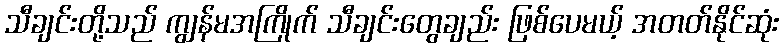
သီချင်းတို့သည် ကျွန်မအကြိုက် သီချင်းတွေချည်း ဖြစ်ပေမယ့် အတတ်နိုင်ဆုံး